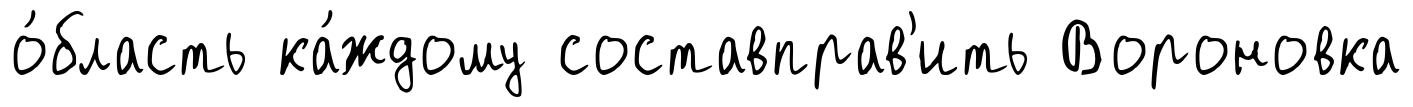
о́бласть ка́ждому составправ'ить Вороновка